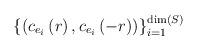
LaTeX: \begin{align*}\left\{ \left( c_{e_{i}}\left( r\right) ,c_{e_{i}}\left( -r\right)\right) \right\} _{i=1}^{\mathrm{\dim }\left( S\right) } \end{align*}